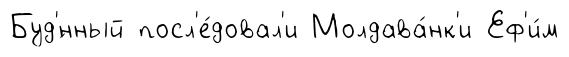
Буд'́нный посл'е́довал'и Молдава́нк'и Еф'и́м